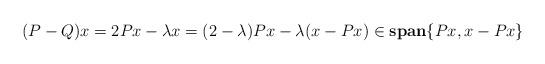
LaTeX: \begin{align*}(P-Q)x = 2 Px - \lambda x = (2 - \lambda) Px - \lambda(x - Px) \in \mathbf{span} \{ Px, x - Px \}\end{align*}